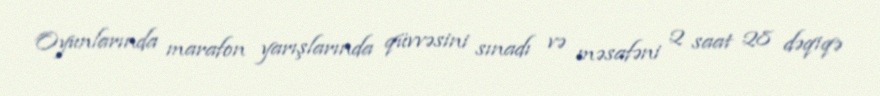
Oyunlarında marafon yarışlarında qüvvəsini sınadı və məsafəni 2 saat 28 dəqiqə